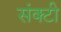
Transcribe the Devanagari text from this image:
संक्टी